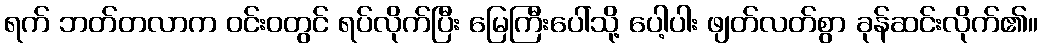
ရက် ဘတ်တလာက ဝင်းဝတွင် ရပ်လိုက်ပြီး မြေကြီးပေါ်သို့ ပေါ့ပါး ဖျတ်လတ်စွာ ခုန်ဆင်းလိုက်၏။